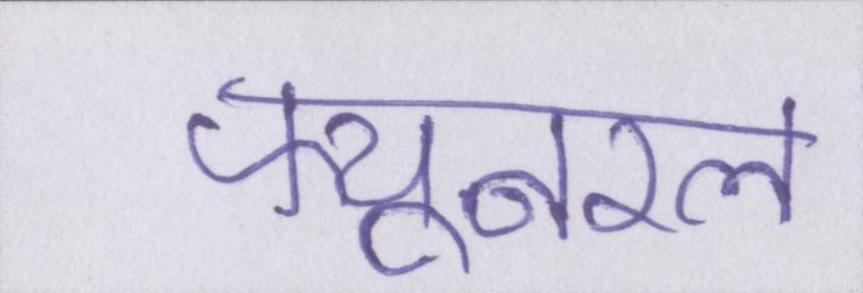
फ्यूनरल